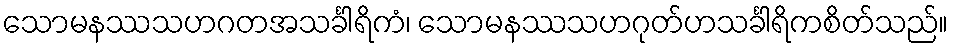
သောမနဿသဟဂတအသင်္ခါရိကံ၊ သောမနဿသဟဂုတ်ဟသင်္ခါရိကစိတ်သည်။